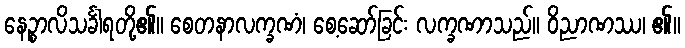
နေဉ္စာလိသင်္ခါရတို့၏။ စေတနာလက္ခဏံ၊ စေ့ဆော်ခြင်း လက္ခဏာသည်။ ဝိညာဏဿ၊ ၏။